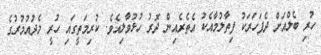
ހުރި ބެލްއަށް ދެފަހަރަކު ފިތާލުމާއެކު އެތެރެއިން ދޮރު ހުޅުވާލިއެވެ. ކުރިމަތީގައި ހުރީ މެދުއުމުރުގެ